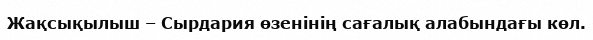
Жақсықылыш – Сырдария өзенінің сағалық алабындағы көл.